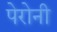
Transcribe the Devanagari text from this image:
पेरोनी